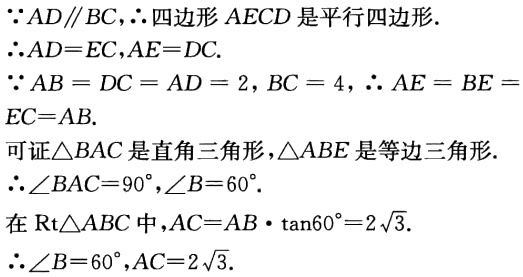
\(\because AD\parallel BC,\therefore\)四边形\(AECD\)是平行四边形.

\(\therefore AD = EC,AE = DC.\)

\(\because AB = DC = AD = 2,BC = 4,\therefore AE = BE = EC = AB.\)

可证\(\triangle BAC\)是直角三角形,\(\triangle ABE\)是等边三角形.

\(\therefore\angle BAC = 90^{\circ},\angle B = 60^{\circ}.\)

在\(Rt\triangle ABC\)中,\(AC = AB\cdot\tan60^{\circ}=2\sqrt{3}.\)

\(\therefore\angle B = 60^{\circ},AC = 2\sqrt{3}.\)